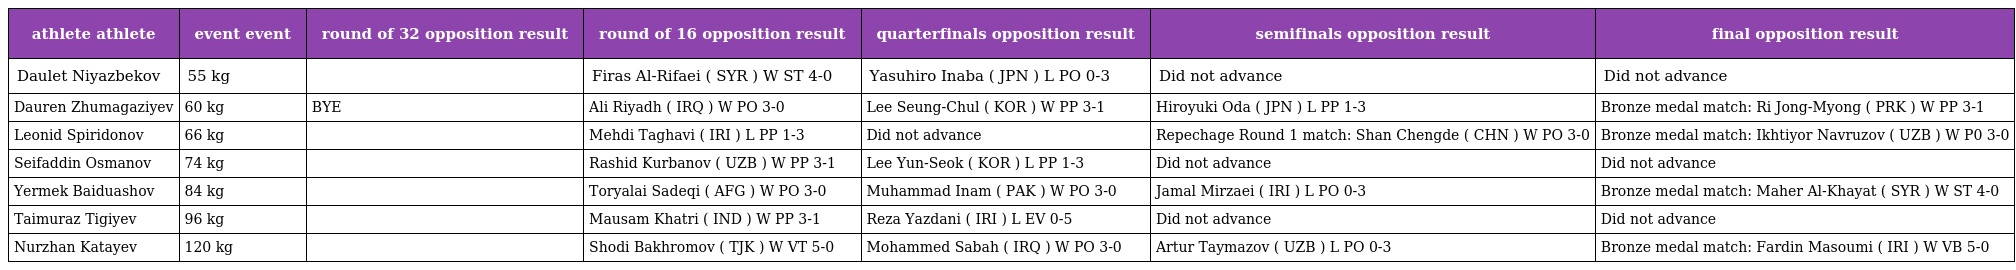
| athlete athlete | event event | round of 32 opposition result | round of 16 opposition result | quarterfinals opposition result | semifinals opposition result | final opposition result |
 | --- | --- | --- | --- | --- | --- | --- |
 | Daulet Niyazbekov | 55 kg |  | Firas Al-Rifaei ( SYR ) W ST 4-0 | Yasuhiro Inaba ( JPN ) L PO 0-3 | Did not advance | Did not advance |
 | Dauren Zhumagaziyev | 60 kg | BYE | Ali Riyadh ( IRQ ) W PO 3-0 | Lee Seung-Chul ( KOR ) W PP 3-1 | Hiroyuki Oda ( JPN ) L PP 1-3 | Bronze medal match: Ri Jong-Myong ( PRK ) W PP 3-1 |
 | Leonid Spiridonov | 66 kg |  | Mehdi Taghavi ( IRI ) L PP 1-3 | Did not advance | Repechage Round 1 match: Shan Chengde ( CHN ) W PO 3-0 | Bronze medal match: Ikhtiyor Navruzov ( UZB ) W P0 3-0 |
 | Seifaddin Osmanov | 74 kg |  | Rashid Kurbanov ( UZB ) W PP 3-1 | Lee Yun-Seok ( KOR ) L PP 1-3 | Did not advance | Did not advance |
 | Yermek Baiduashov | 84 kg |  | Toryalai Sadeqi ( AFG ) W PO 3-0 | Muhammad Inam ( PAK ) W PO 3-0 | Jamal Mirzaei ( IRI ) L PO 0-3 | Bronze medal match: Maher Al-Khayat ( SYR ) W ST 4-0 |
 | Taimuraz Tigiyev | 96 kg |  | Mausam Khatri ( IND ) W PP 3-1 | Reza Yazdani ( IRI ) L EV 0-5 | Did not advance | Did not advance |
 | Nurzhan Katayev | 120 kg |  | Shodi Bakhromov ( TJK ) W VT 5-0 | Mohammed Sabah ( IRQ ) W PO 3-0 | Artur Taymazov ( UZB ) L PO 0-3 | Bronze medal match: Fardin Masoumi ( IRI ) W VB 5-0 |